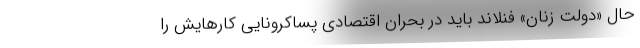
حال «دولت زنان» فنلاند باید در بحران اقتصادی پساکرونایی کارهایش را